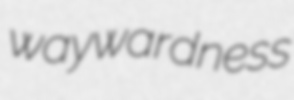
waywardness